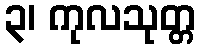
၃၊ ကုလသုတ္တ